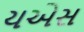
યએસ